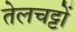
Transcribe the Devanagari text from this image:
तेलचट्टों